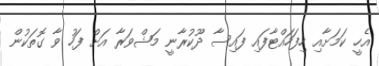
އެހީ ކަމަށާއި ހިފަހައްޓާފައި ފައިސާ ދޫކުރާނީ މަޝްވަރާ އަށް ފަހު ވާ ގޮތަކުން